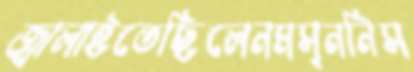
জ্বালাইতেছিলেনমসৃননিস